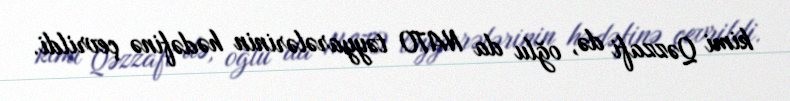
kimi Qəzzafi də, oğlu da NATO təyyarələrinin hədəfinə çevrildi.